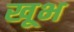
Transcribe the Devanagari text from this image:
खूभ